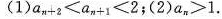
(1)$$a_{n+2|<a_{n+1|<2$$;(2)$$a_{n|>1$$.